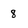
Character: 8